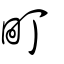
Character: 町